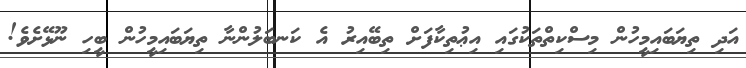
އަދި ތިޔަބައިމީހުން މިސްކިތްތަކުގައި އިޢުތިކާފަށް ތިބޭއިރު އެ ކަނބަލުންނާ ތިޔަބައިމީހުން ބީހި ނޫޅޭށެވެ!